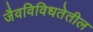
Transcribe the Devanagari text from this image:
जैवविविधतेतील